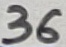
Text: 36